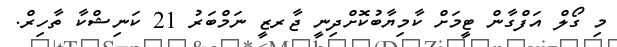
މި ގޯލް އަފްގާން ޓީމަށް ކާމިޔާބުކޮށްދިނީ ޖާރޒީ ނަމްބަރު 21 ކަނިޝްކާ ތާހިރް.